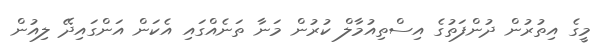
މީގެ އިތުރުން ދުންފަތުގެ އިސްތިއުމާލް ކުރުން މަނާ ތަނެއްގައި އެކަން އަންގައިދޭ ލިއުން